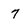
Character: 7